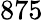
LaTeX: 875